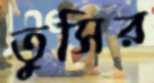
তুসির